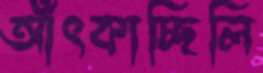
আঁৎকাচ্ছিলি